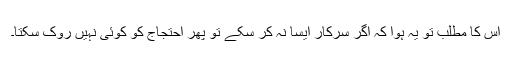
اس کا مطلب تو یہ ہوا کہ اگر سرکار ایسا نہ کر سکے تو پھر احتجاج کو کوئی نہیں روک سکتا۔